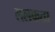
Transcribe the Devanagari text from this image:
ललकता